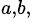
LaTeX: ^{a,b,}